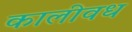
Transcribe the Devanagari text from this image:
कालीवध